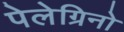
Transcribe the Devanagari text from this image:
पेलेग्रिनो